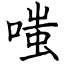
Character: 嗤